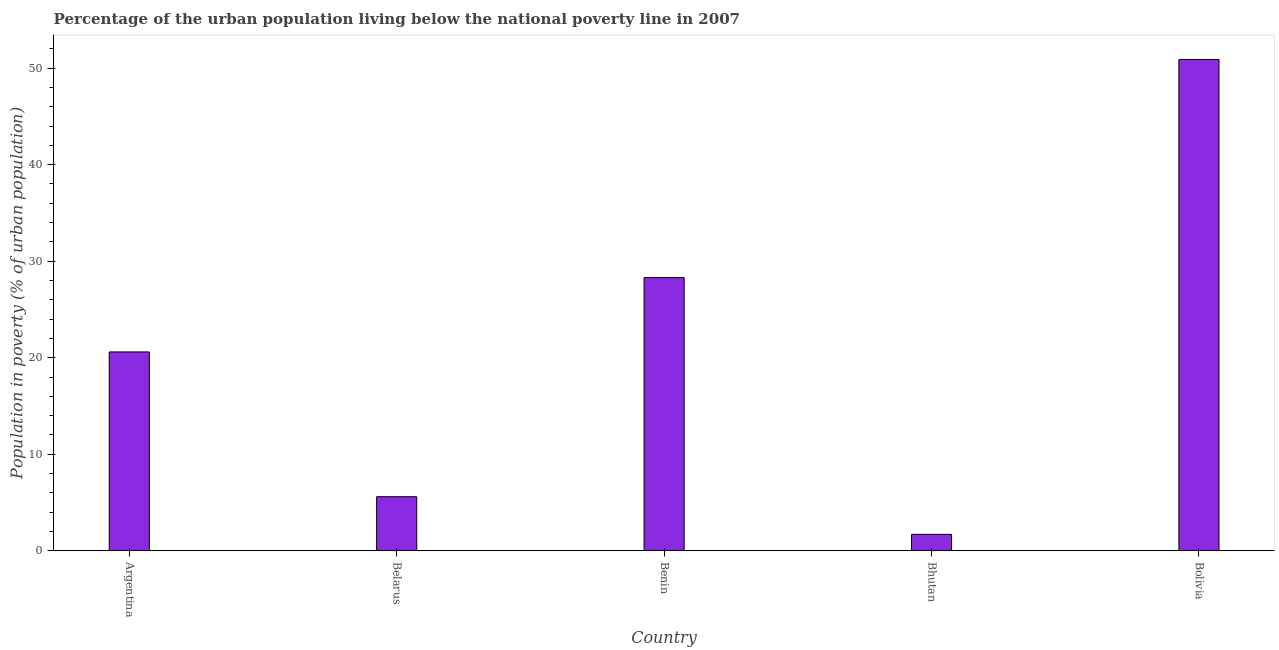
| Country | Urban poverty headcount ratio |
 | --- | --- |
 | Argentina | 20.6 |
 | Belarus | 5.6 |
 | Benin | 28.3 |
 | Bhutan | 1.7 |
 | Bolivia | 50.9 |